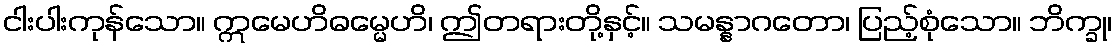
ငါးပါးကုန်သော။ ဣမေဟိဓမ္မေဟိ၊ ဤတရားတို့နှင့်။ သမန္နာဂတော၊ ပြည့်စုံသော။ ဘိက္ခု၊